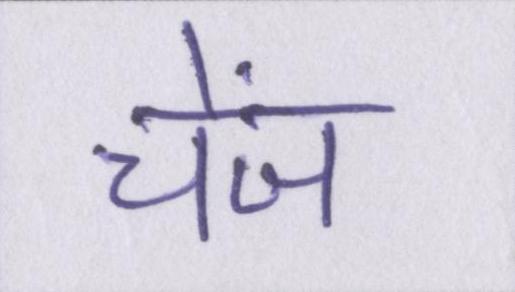
चेंज